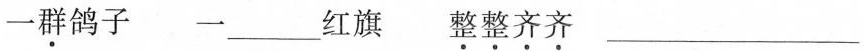
一群鸽子 一___红旗 整整齐齐 ___